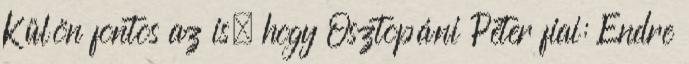
Külön fontos az is, hogy Osztopáni Péter fiai: Endre